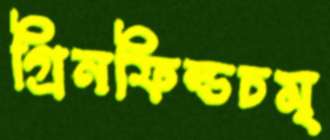
গ্রিনফিল্ডচম্